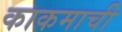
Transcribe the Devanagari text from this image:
काकमाची